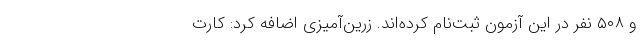
و ۵۰۸ نفر در این آزمون ثبت‌نام کرده‌اند. زرین‌آمیزی اضافه کرد: کارت